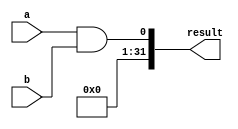
module and_(a,b,result);
  input [31:0] a,b;
  output [31:0] result;

  assign result = a && b;

endmodule